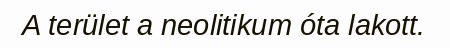
A terület a neolitikum óta lakott.